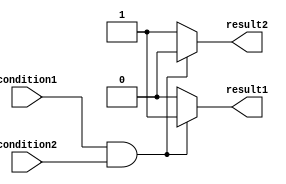
module behavior_modeling_block (
    input wire condition1,
    input wire condition2,
    output reg result1,
    output reg result2
);

always @* begin
    if (condition1 && condition2) begin
        // perform operations if both condition1 and condition2 are true
        result1 = 1;
        result2 = 0;
    end
    else begin
        // perform operations if either condition1 or condition2 (or both) is false
        result1 = 0;
        result2 = 1;
    end
end

endmodule